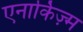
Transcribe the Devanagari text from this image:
एनार्किज़्म